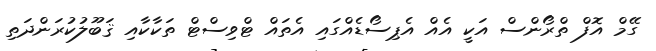
ގޭމް އޮފް ތްރޯންސް އަކީ އެއް އެޕިސޯޑެއްގައި އެތައް ޓްވިސްޓް ތަކާކާއި ޤަބޫލުކުރަންދަތި